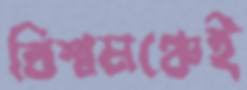
বিশ্বমঞ্চেই